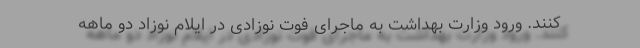
کنند. ورود وزارت بهداشت به ماجرای فوت نوزادی در ایلام نوزاد دو ماهه